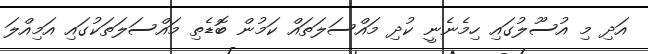
އަދި މި އުސޫލުގައި ހިމެނެނީ ކުދި މައްސަލަތައް ކަމުން ބޮޑެތި މައްސަލަތަކުގައި އަމިއްލަ